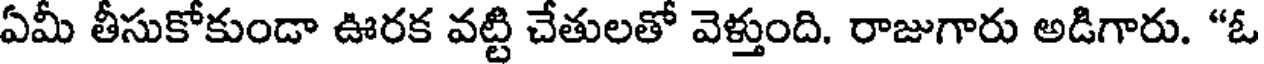
ఏమీ తీసుకోకుండా ఊరక వట్టి చేతులతో వెళ్తుంది. రాజుగారు అడిగారు. "ఓ